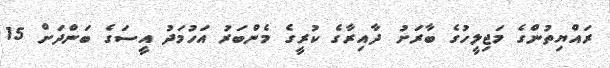
ރައްޔިތުންގެ މަޖިލީހުގެ ބާރަށު ދާއިރާގެ ކުރީގެ މެންބަރު އަހުމަދު އީސަގެ ބަންދަށް 15